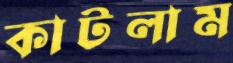
কাটলাম